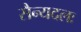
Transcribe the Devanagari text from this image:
सैन्यदलः